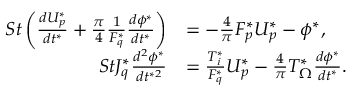
\begin{array} { r l } { S t \left( \frac { d U _ { p } ^ { * } } { d t ^ { * } } + \frac { \pi } { 4 } \frac { 1 } { F _ { q } ^ { * } } \frac { d \phi ^ { * } } { d t ^ { * } } \right) } & { = - \frac { 4 } { \pi } F _ { p } ^ { * } U _ { p } ^ { * } - \phi ^ { * } , } \\ { S t J _ { q } ^ { * } \frac { d ^ { 2 } \phi ^ { * } } { d t ^ { * 2 } } } & { = \frac { T _ { i } ^ { * } } { F _ { q } ^ { * } } U _ { p } ^ { * } - \frac { 4 } { \pi } T _ { \Omega } ^ { * } \frac { d \phi ^ { * } } { d t ^ { * } } . } \end{array}